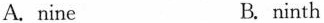
A.nine B.ninth